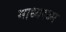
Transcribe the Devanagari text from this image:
माध्यस्थ्म